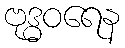
ဗုဒ္ဓဝရေန